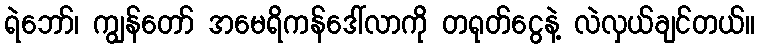
ရဲဘော်၊ ကျွန်တော် အမေရိကန်ဒေါ်လာကို တရုတ်ငွေနဲ့ လဲလှယ်ချင်တယ်။